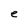
Character: e